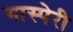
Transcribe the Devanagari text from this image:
गास्पेरी